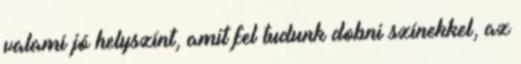
valami jó helyszínt, amit fel tudunk dobni színekkel, az